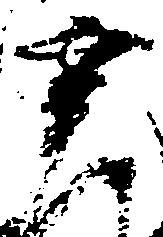
幸